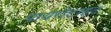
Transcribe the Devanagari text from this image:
पायरोटाइट